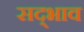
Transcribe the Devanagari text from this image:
सद्‍भाव